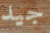
جيد